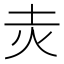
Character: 灻